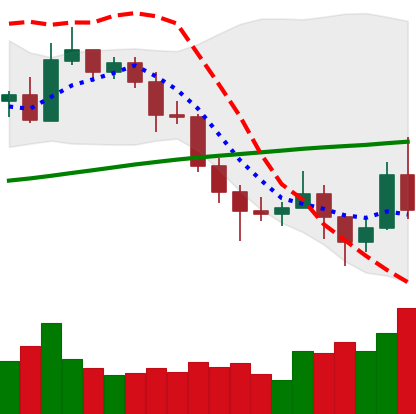
Ticker: NEO-USD
Chart end date: 2020-11-07
Forward return: 4.087%
Label: up_3_5